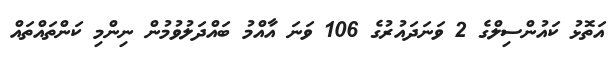
އަތޮޅު ކައުންސިލްގެ 2 ވަނަދައުރުގެ 106 ވަނަ އާއްމު ބައްދަލުވުމުން ނިންމި ކަންތައްތައް